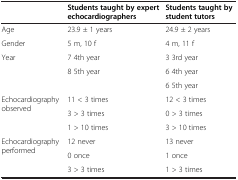
<table><thead><tr><td><b> </b></td><td><b>Students taught by expert echocardiographers</b></td><td><b>Students taught by student tutors</b></td></tr></thead><tbody><tr><td>Age</td><td>23.9 ± 1 years</td><td>24.9 ± 2 years</td></tr><tr><td>Gender</td><td>5 m, 10 f</td><td>4 m, 11 f</td></tr><tr><td rowspan="3">Year</td><td>7 4th year</td><td>3 3rd year</td></tr><tr><td>8 5th year</td><td>6 4th year</td></tr><tr><td> </td><td>6 5th year</td></tr><tr><td rowspan="2">Echocardiography observed</td><td>11 &lt; 3 times</td><td>12 &lt; 3 times</td></tr><tr><td>3 &gt; 3 times</td><td>0 &gt; 3 times</td></tr><tr><td> </td><td>1 &gt; 10 times</td><td>3 &gt; 10 times</td></tr><tr><td rowspan="2">Echocardiography performed</td><td>12 never</td><td>13 never</td></tr><tr><td>0 once</td><td>1 once</td></tr><tr><td> </td><td>3 &gt; 3 times</td><td>1 &gt; 3 times</td></tr></tbody></table>